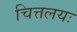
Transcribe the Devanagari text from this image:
चित्तलयः